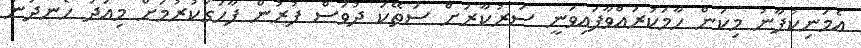
އެމަނިކުފާނު މިކަން ހާމަކުރައްވާފައިވަނީ ސަރުކާރަށް ސަތޭކަ ދުވަސް ފުރުން ފާހަގަކުުރުމަށް މިއަދު ހެނދުނު